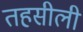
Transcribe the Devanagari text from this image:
तहसीली